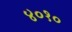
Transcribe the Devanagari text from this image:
४०१०